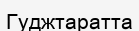
Гуджтаратта